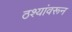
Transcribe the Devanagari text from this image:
ठश्यांवरून